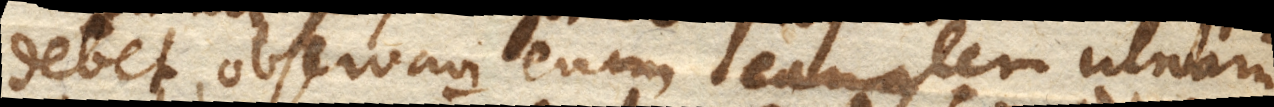
debet, observavi eum canalem ulnarum